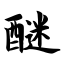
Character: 醚